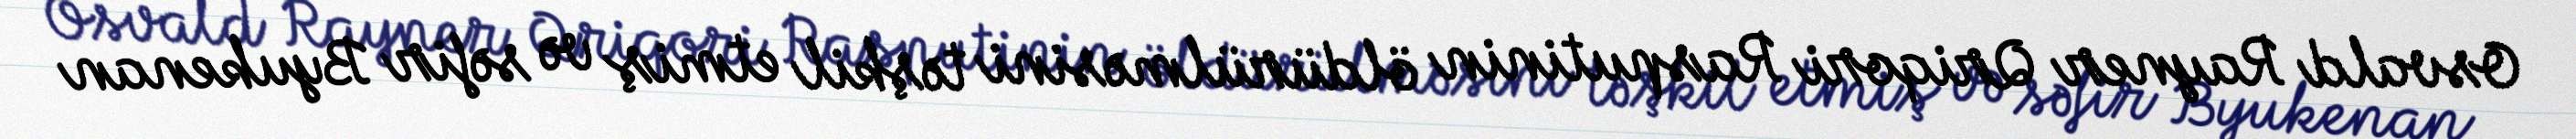
Osvald Rayner Qriqori Rasputinin öldürülməsini təşkil etmiş və səfir Byukenan